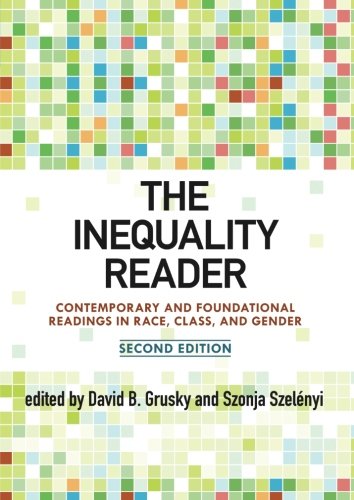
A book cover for The Inequality Reader: Contemporary and Foundational Readings in Race, Class, and Gender; History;